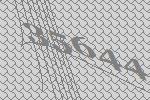
35644